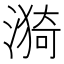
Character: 漪